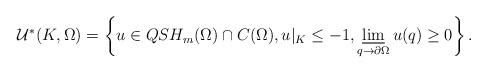
LaTeX: \begin{align*}\begin{aligned}\mathcal{U}^*(K,\Omega)=\left\{u\in QSH_m(\Omega)\cap C(\Omega), u\vert_{K}\leq -1 , \varliminf_{q\to \partial\Omega} u(q)\geq 0 \right \}.\end{aligned}\end{align*}